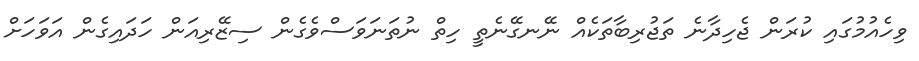
ވިހެއުމުގައި ކުރަން ޖެހިދާނެ ތަޖުރިބާތަކެއް ނޭނގޭނެތީ ހިތް ނުތަނަވަސްވެގެން ސިޒޭރިއަން ހަދައިގެން އަވަހަށް